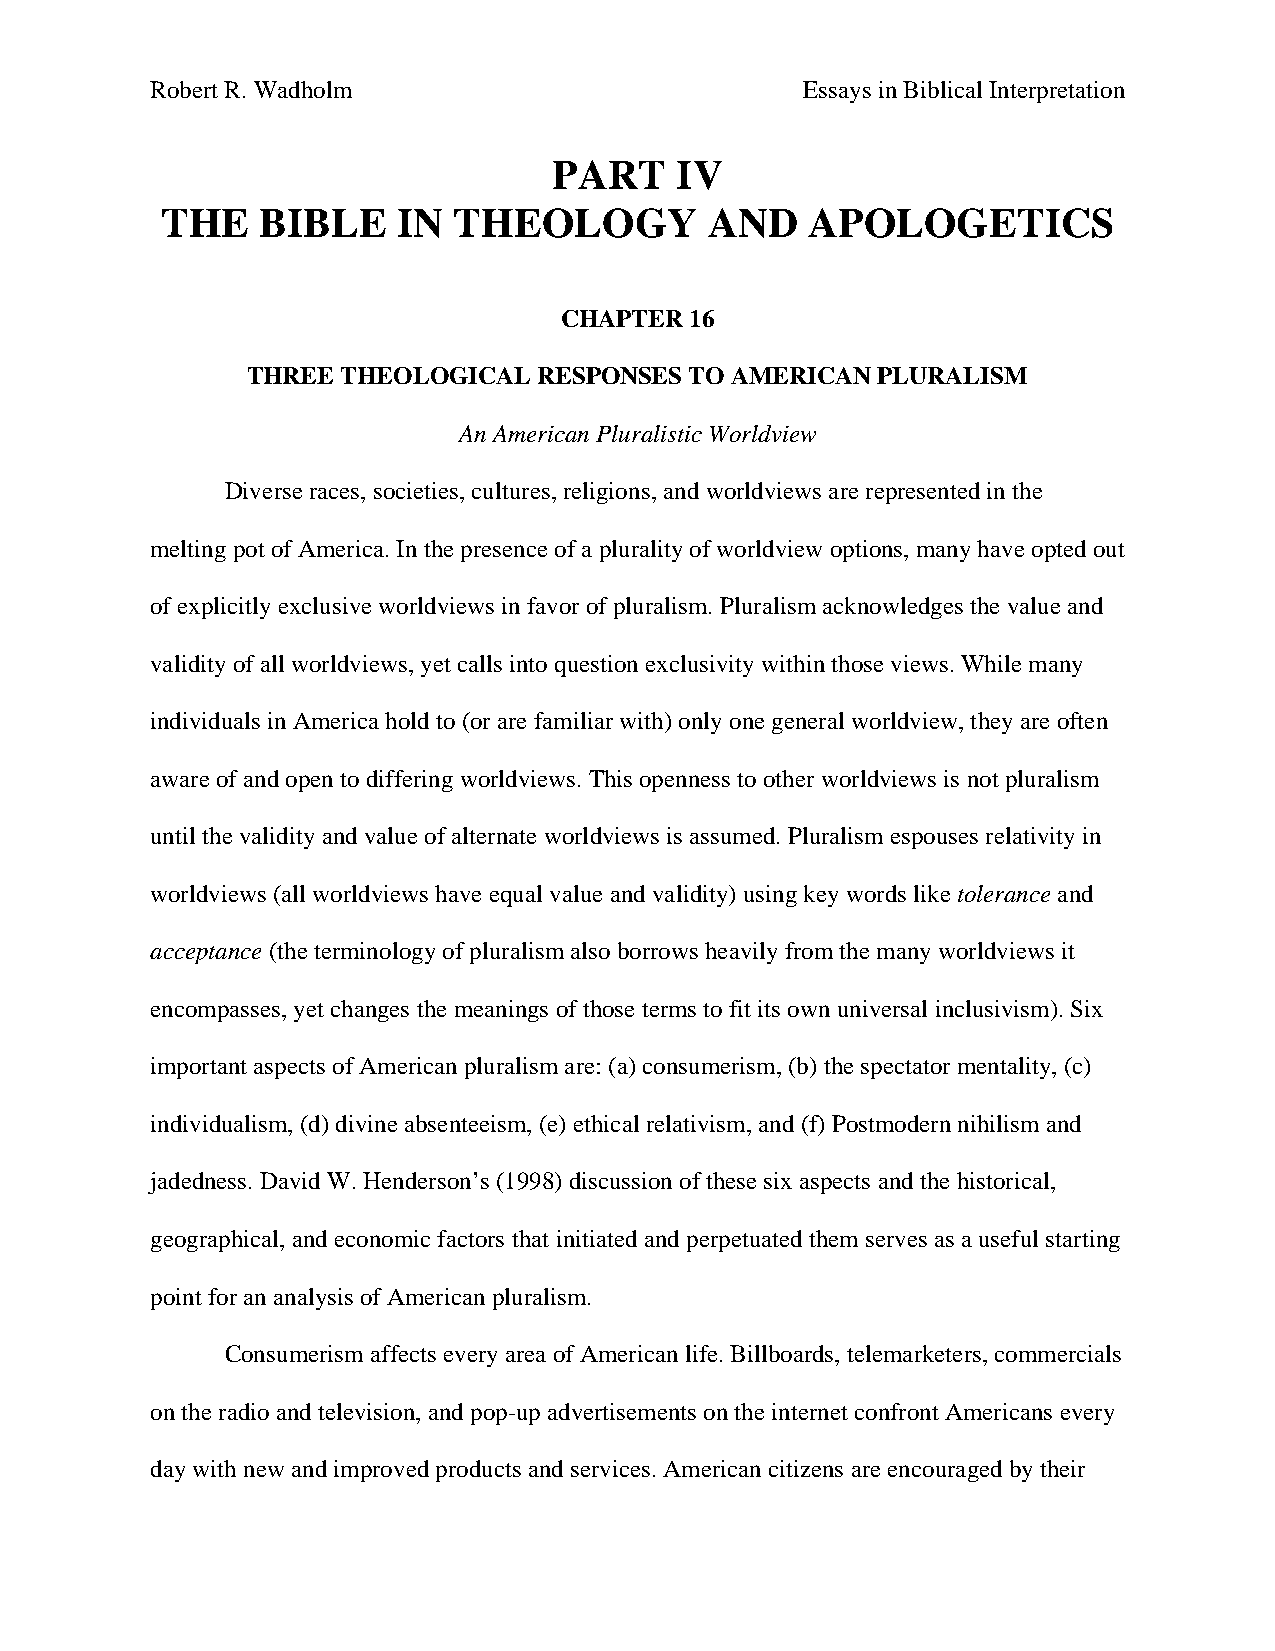
Robert R. Wadholm                          Essays in Biblical Interpretation
 PART    IV
 THE   BIBLE    IN  THEOLOGY         AND    APOLOGETICS
 CHAPTER  16
 THREE  THEOLOGICAL  RESPONSES TO AMERICAN PLURALISM
 An American Pluralistic Worldview
 Diverse races, societies, cultures, religions, and worldviews are represented in the
 melting pot of America. In the presence of a plurality of worldview options, many have opted out
 of explicitly exclusive worldviews in favor of pluralism. Pluralism acknowledges the value and
 validity of all worldviews, yet calls into question exclusivity within those views. While many
 individuals in America hold to (or are familiar with) only one general worldview, they are often
 aware of and open to differing worldviews. This openness to other worldviews is not pluralism
 until the validity and value of alternate worldviews is assumed. Pluralism espouses relativity in
 worldviews (all worldviews have equal value and validity) using key words like tolerance and
 acceptance (the terminology of pluralism also borrows heavily from the many worldviews it
 encompasses, yet changes the meanings of those terms to fit its own universal inclusivism). Six
 important aspects of American pluralism are: (a) consumerism, (b) the spectator mentality, (c)
 individualism, (d) divine absenteeism, (e) ethical relativism, and (f) Postmodern nihilism and
 jadedness. David W. Henderson’s (1998) discussion of these six aspects and the historical,
 geographical, and economic factors that initiated and perpetuated them serves as a useful starting
 point for an analysis of American pluralism.
 Consumerism affects every area of American life. Billboards, telemarketers, commercials
 on the radio and television, and pop-up advertisements on the internet confront Americans every
 day with new and improved products and services. American citizens are encouraged by their